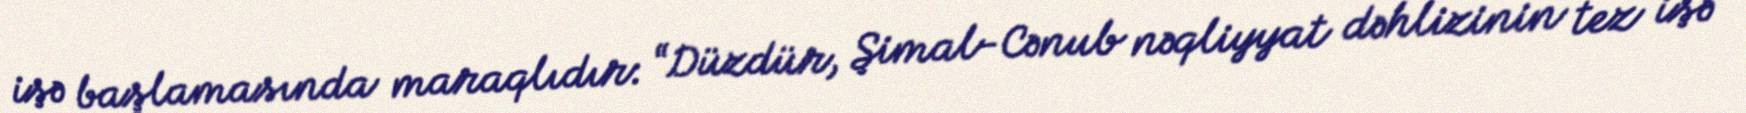
işə başlamasında maraqlıdır: “Düzdür, Şimal-Cənub nəqliyyat dəhlizinin tez işə